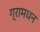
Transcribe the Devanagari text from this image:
ग्रामधन